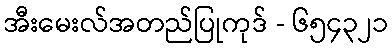
အီးမေးလ်အတည်ပြုကုဒ် - ၆၅၄၃၂၁